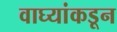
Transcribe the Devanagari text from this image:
वाघ्यांकडून